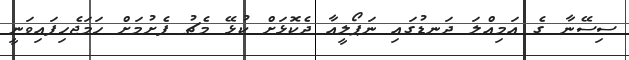
ސިސޭނާ ގެ އަމިއްލަ ދަނޑުގައި ނަޕޯލީއާ ދެކޮޅަށް ކުޅޭ މެޗު ފެށުމަށް ހަމަޖެހިފައިވަނީ